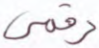
رقمي